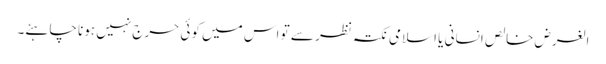
الغرض خالص انسانی یا اسلامی نکتہ نظر سے تو اس میں کوئی حرج نہیں ہونا چاہئے۔